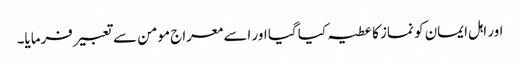
اور اہل ایمان کو نماز کا عطیہ کیا گیا اور اسے معراج مومن سے تعبیر فرمایا۔